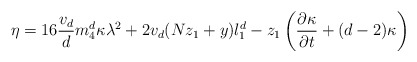
\begin{align*}\eta=16\frac{v_d}{d}m_4^d\kappa\lambda^2+2v_d(Nz_1+y)l_1^d-z_1\left(\frac{\partial{\kappa}}{\partial{t}}+(d-2)\kappa\right)\end{align*}